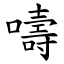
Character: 嚋